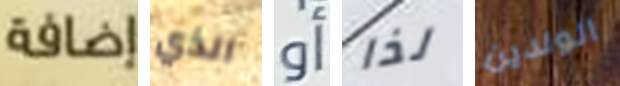
إضافة الذي أو لذا الولدين